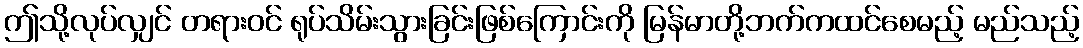
ဤသို့လုပ်လျှင် တရားဝင် ရုပ်သိမ်းသွားခြင်းဖြစ်ကြောင်းကို မြန်မာတို့ဘက်ကထင်စေမည့် မည်သည့်